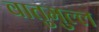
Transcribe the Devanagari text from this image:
वातुमुल्ल